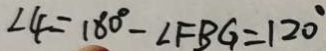
\angle 4 = 1 8 0 ^ { \circ } - \angle F B G = 1 2 0 ^ { \circ }